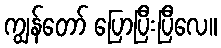
ကျွန်တော် ပြောပြီးပြီလေ။